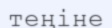
теңіне